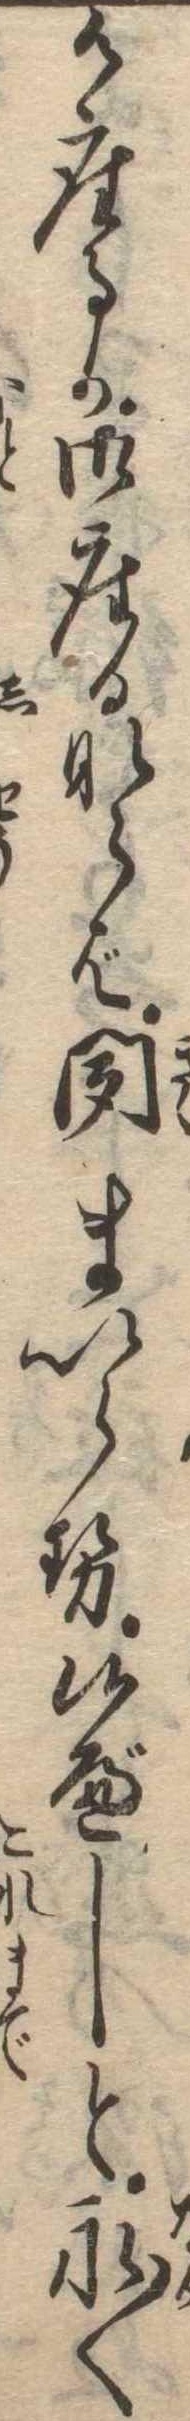
御座るか御座るならば聞まいらせ候べしと永〱